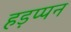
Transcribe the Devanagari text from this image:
हड़प्पन